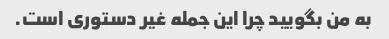
به من بگویید چرا این جمله غیر دستوری است.